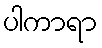
ပါကာရာ